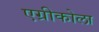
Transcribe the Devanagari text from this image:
एग्रीकोला